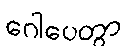
ဂေါပေတွာ